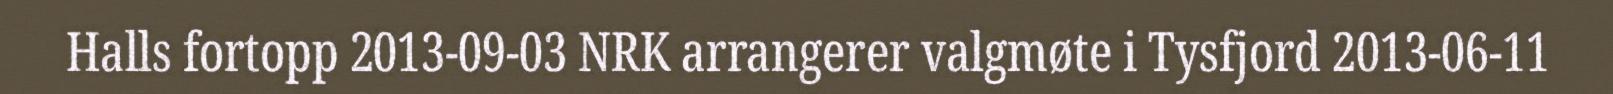
Halls fortopp 2013-09-03 NRK arrangerer valgmøte i Tysfjord 2013-06-11